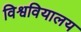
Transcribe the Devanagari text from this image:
विश्ववियालय